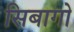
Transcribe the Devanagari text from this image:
सिबागो